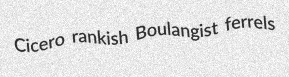
Cicero rankish Boulangist ferrels